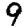
Digit: 9